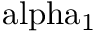
\mathrm { \ a l p h a _ { 1 } }